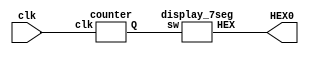
module L6part3(HEX0,clk);

	input clk;
	output [0:6]HEX0;
	wire [3:0] Q;
	
	counter c(clk,Q);
	display_7seg s(Q,HEX0);

endmodule

module counter(clk,Q);
	input clk;
	output reg [3:0]Q;
	reg [25:0]cnt;
	
	initial begin
	cnt = 0;
	Q = 0;
	end
	
	always @(posedge clk) begin 
		cnt = cnt + 1;
		if(cnt == 50000000) begin
			Q = Q + 1;
			cnt = 0;
			if (Q > 9) begin
			Q = 0;
			end
		end
	end

endmodule

module display_7seg(sw,HEX);
	input[3:0] sw;
	output [0:6]HEX;
	
	assign HEX = (sw == 4'b0000) ? 7'b0000001: // showing 0
					 (sw == 4'b0001) ? 7'b1001111: // showing 1
					 (sw == 4'b0010) ? 7'b0010010: // showing 2
					 (sw == 4'b0011) ? 7'b0000110: // showing 3
					 (sw == 4'b0100) ? 7'b1001100: // showing 4
					 (sw == 4'b0101) ? 7'b0100100: // showing 5
					 (sw == 4'b0110) ? 7'b0100000: // showing 6
					 (sw == 4'b0111) ? 7'b0001101: // showing 7
					 (sw == 4'b1000) ? 7'b0000000: // showing 8
					 (sw == 4'b1001) ? 7'b0000100: // showing 9
					   					 7'b1111111;
endmodule